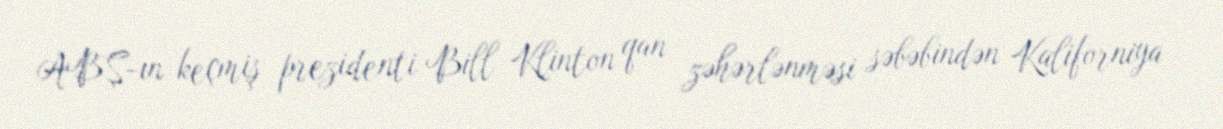
ABŞ-ın keçmiş prezidenti Bill Klinton qan zəhərlənməsi səbəbindən Kaliforniya